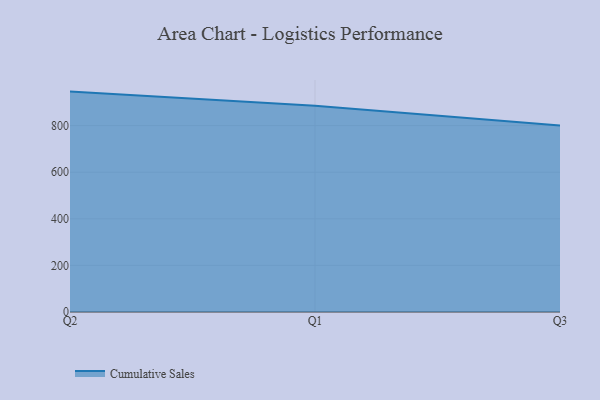
{"axis": {"x": "Quarter", "y": "Customer Acquisition Cost (USD)"}, "legend": ["Cumulative Sales"], "data": [{"x": "Q2", "y": 945.9, "type": "Cumulative Sales"}, {"x": "Q1", "y": 885.7, "type": "Cumulative Sales"}, {"x": "Q3", "y": 800, "type": "Cumulative Sales"}]}